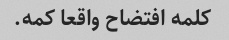
کلمه افتضاح واقعا کمه.